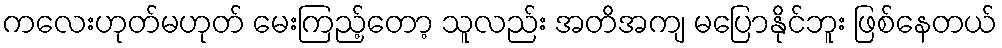
ကလေးဟုတ်မဟုတ် မေးကြည့်တော့ သူလည်း အတိအကျ မပြောနိုင်ဘူး ဖြစ်နေတယ်